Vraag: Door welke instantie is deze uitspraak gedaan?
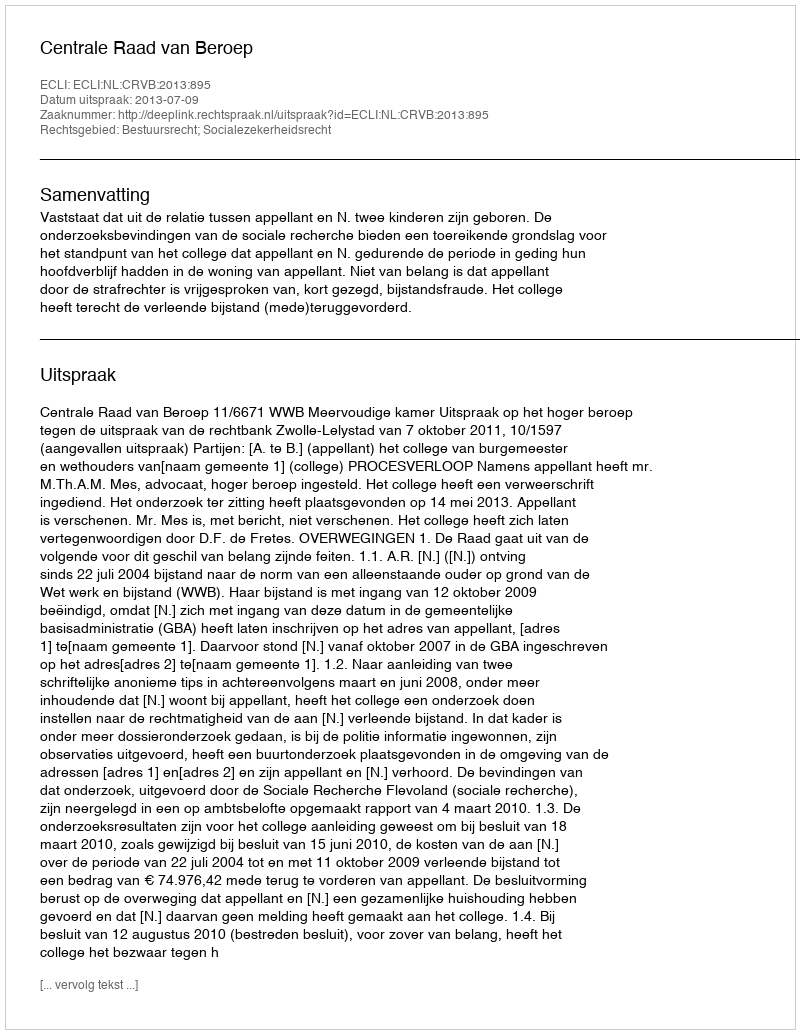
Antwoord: Centrale Raad van Beroep